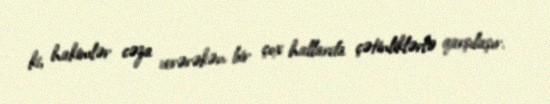
ki, hakimlər cəza verərəkən bir çox hallarda çətinliklərlə qarşılaşır.